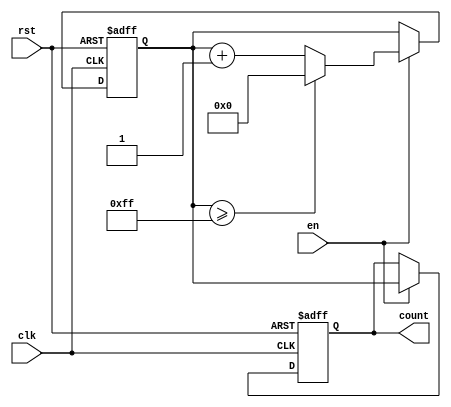
module MemoryBlocksBinaryCounter #(
    parameter WIDTH = 8,         // Bit width of the counter
    parameter INIT_VAL = 0,      // Initial value of the counter
    parameter MAX_VAL = 255       // Maximum value before wrap around
)(
    input wire clk,              // Clock signal
    input wire rst,              // Asynchronous reset
    input wire en,               // Enable signal
    output reg [WIDTH-1:0] count // Current count value
);

// Internal memory block to store the count
reg [WIDTH-1:0] memory_block;

// On reset, set to initial value
always @(posedge clk or posedge rst) begin
    if (rst) begin
        memory_block <= INIT_VAL;
        count <= INIT_VAL;
    end else if (en) begin
        if (memory_block >= MAX_VAL) begin
            memory_block <= INIT_VAL; // Wrap around
        end else begin
            memory_block <= memory_block + 1; // Increment
        end
        count <= memory_block; // Update output
    end
end

endmodule